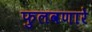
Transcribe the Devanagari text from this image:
फुलवणारे